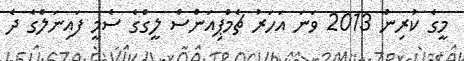
މީގެ ކުރިން 2013 ވަނަ އަހަރު ޗެމްޕިއަންސް ލީގްގެ ސެމީ ފައިނަލްގެ ދެ